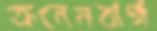
ক্রনেনবার্গ